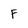
Character: F